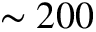
\sim 2 0 0